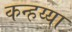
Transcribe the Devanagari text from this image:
कन्हय्या